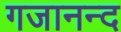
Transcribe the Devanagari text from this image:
गजानन्द